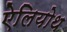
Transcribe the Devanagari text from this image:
ऐलियोथ